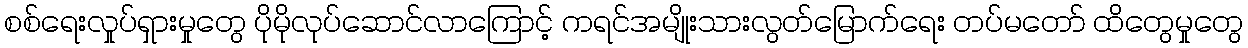
စစ်ရေးလှုပ်ရှားမှုတွေ ပိုမိုလုပ်ဆောင်လာကြောင့် ကရင်အမျိုးသားလွတ်မြောက်ရေး တပ်မတော် ထိတွေမှုတွေ